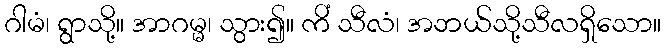
ဂါမံ၊ ရွာသို့။ အာဂမ္မ၊ သွား၍။ ကိံ သီလံ၊ အဘယ်သို့သီလရှိသော။